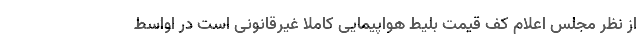
از نظر مجلس اعلام کف قیمت بلیط هواپیمایی کاملا غیرقانونی است در اواسط